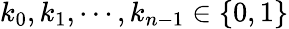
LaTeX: k_{0},k_{1},\cdots,k_{n-1}\in\{ 0,1\}